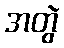
အတွဲ